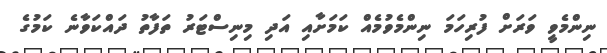
ނިންމެވީ ވަރަށް ފުރިހަމަ ނިންމެވުމެއް ކަމަށާއި އަދި މިނިސްޓަރު ތަފާތު ދައްކަވާނެ ކަމުގެ